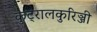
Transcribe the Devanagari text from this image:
कुट्रालकुरिञ्जी